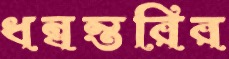
ধন্বন্তরির